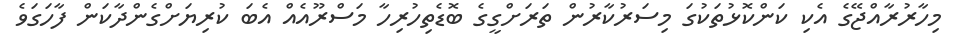
މިހާރުރާއްޖޭގެ އެކި ކަންކޮޅުތަކުގަ މިސަރުކާރުން ތަރަށްގީގެ ބޮޑެތިހުރިހާ މަސްރޫއެއް އެބަ ކުރިޔަށްގެންދާކަން ފާހަގަވެ